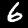
Label: 6